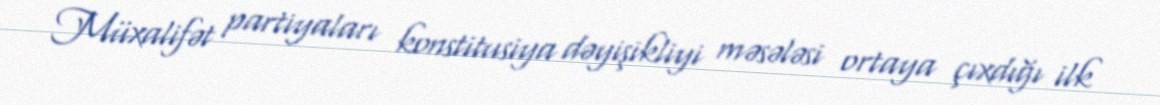
Müxalifət partiyaları konstitusiya dəyişikliyi məsələsi ortaya çıxdığı ilk